Annual report of the Punjab Veterinary College and of the Civil Veterinary Department, Punjab - 1926-1932
Year: 1926
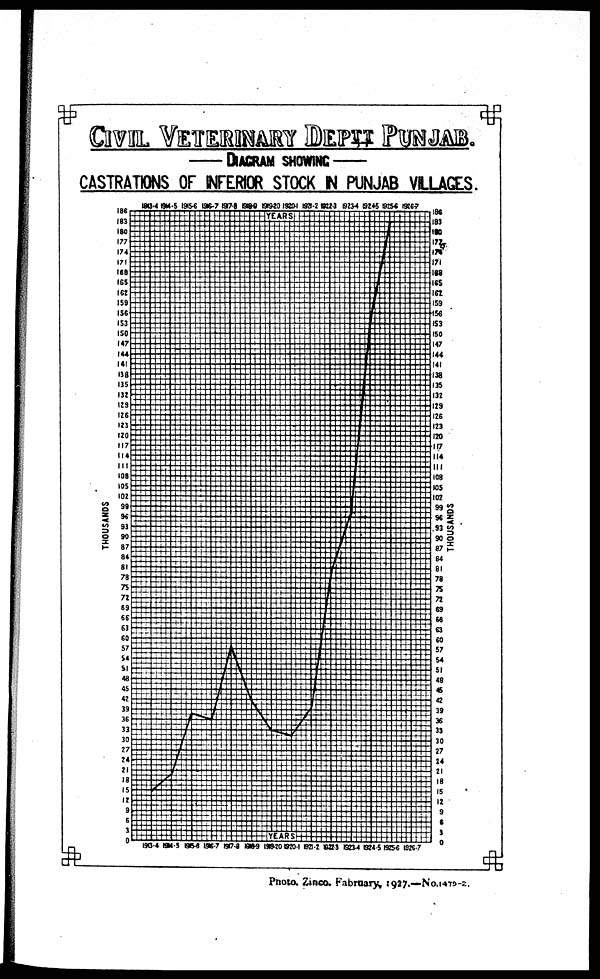
CIVIL VETERINARY DEPTT
DIAGRAM SHOWING
CASTRATIONS OF INFERIOR STOCK IN PUNJAB VILLAGES.
Photo. Zinco. Fabruary, 1927.—No.1479-2.